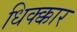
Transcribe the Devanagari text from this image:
धिक्क्कार